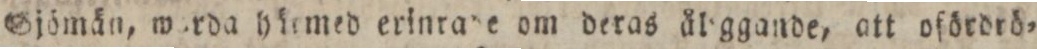
Sjömän, worda häemed erinrgde om deras ålggande, att ofördrö=